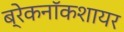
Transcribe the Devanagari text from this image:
ब्रेकनॉकशायर